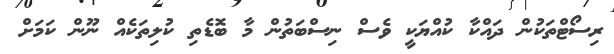
ރިސޯޓްތަކުން ދައްކާ ކުއްޔަކީ ވެސް ނިސްބަތުން މާ ބޮޑެތި ކުލިތަކެއް ނޫން ކަމަށް